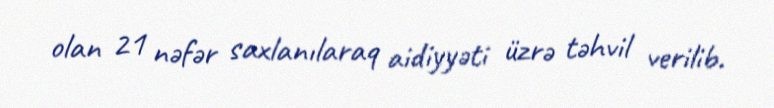
olan 21 nəfər saxlanılaraq aidiyyəti üzrə təhvil verilib.